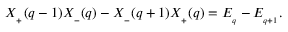
X _ { _ { + } } ( q - 1 ) X _ { _ { - } } ( q ) - X _ { _ { - } } ( q + 1 ) X _ { _ { + } } ( q ) = E _ { _ q } - E _ { _ { q + 1 } } .